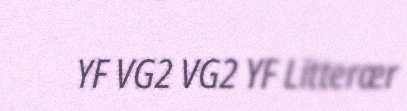
YF VG2 VG2 YF Litterær